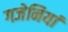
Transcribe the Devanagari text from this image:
गजेनियां